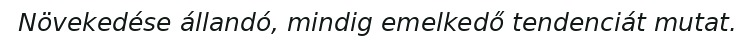
Növekedése állandó, mindig emelkedő tendenciát mutat.